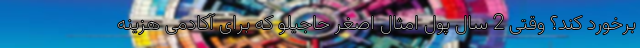
برخورد کند؟ وقتی 2 سال پول امثال اصغر حاجیلو که برای آکادمی هزینه